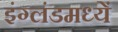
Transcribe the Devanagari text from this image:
इंग्लंडमध्यें